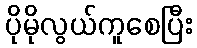
ပိုမိုလွယ်ကူစေပြီး